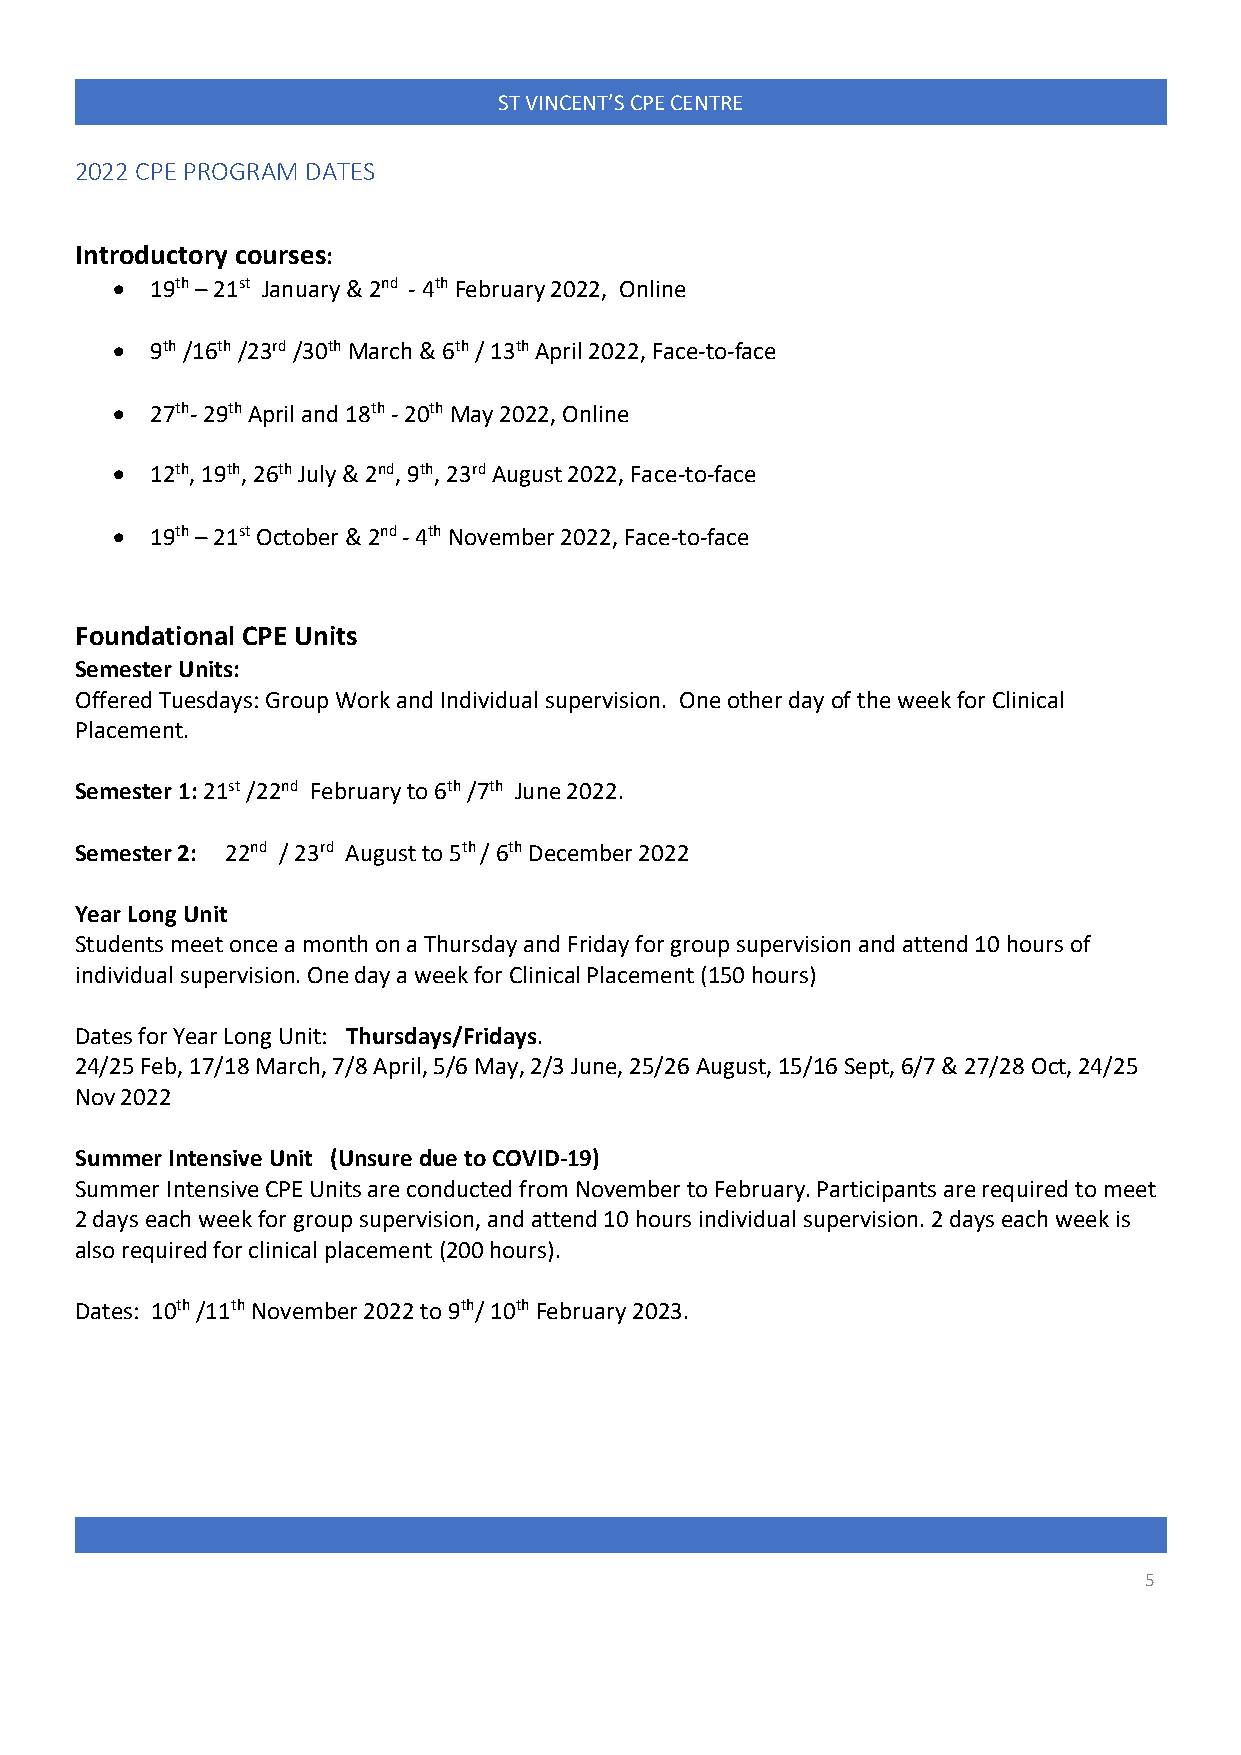
ST VINCENT’S CPE CENTRE
 2022 CPE PROGRAM DATES
 Introductory courses:
 •  19th – 21st January & 2nd - 4th February 2022, Online
 •  9th /16th /23rd /30th March & 6th / 13th April 2022, Face-to-face
 •  27th- 29th April and 18th - 20th May 2022, Online
 •  12th, 19th, 26th July & 2nd, 9th, 23rd August 2022, Face-to-face
 •  19th – 21st October & 2nd - 4th November 2022, Face-to-face
 Foundational CPE Units
 Semester Units:
 Offered Tuesdays: Group Work and Individual supervision. One other day of the week for Clinical
 Placement.
 Semester 1: 21st /22nd February to 6th /7th June 2022.
 Semester 2: 22nd / 23rd August to 5th / 6th December 2022
 Year Long Unit
 Students meet once a month on a Thursday and Friday for group supervision and attend 10 hours of
 individual supervision. One day a week for Clinical Placement (150 hours)
 Dates for Year Long Unit: Thursdays/Fridays.
 24/25 Feb, 17/18 March, 7/8 April, 5/6 May, 2/3 June, 25/26 August, 15/16 Sept, 6/7 & 27/28 Oct, 24/25
 Nov 2022
 Summer Intensive Unit (Unsure due to COVID-19)
 Summer Intensive CPE Units are conducted from November to February. Participants are required to meet
 2 days each week for group supervision, and attend 10 hours individual supervision. 2 days each week is
 also required for clinical placement (200 hours).
 Dates: 10th /11th November 2022 to 9th/ 10th February 2023.
 5